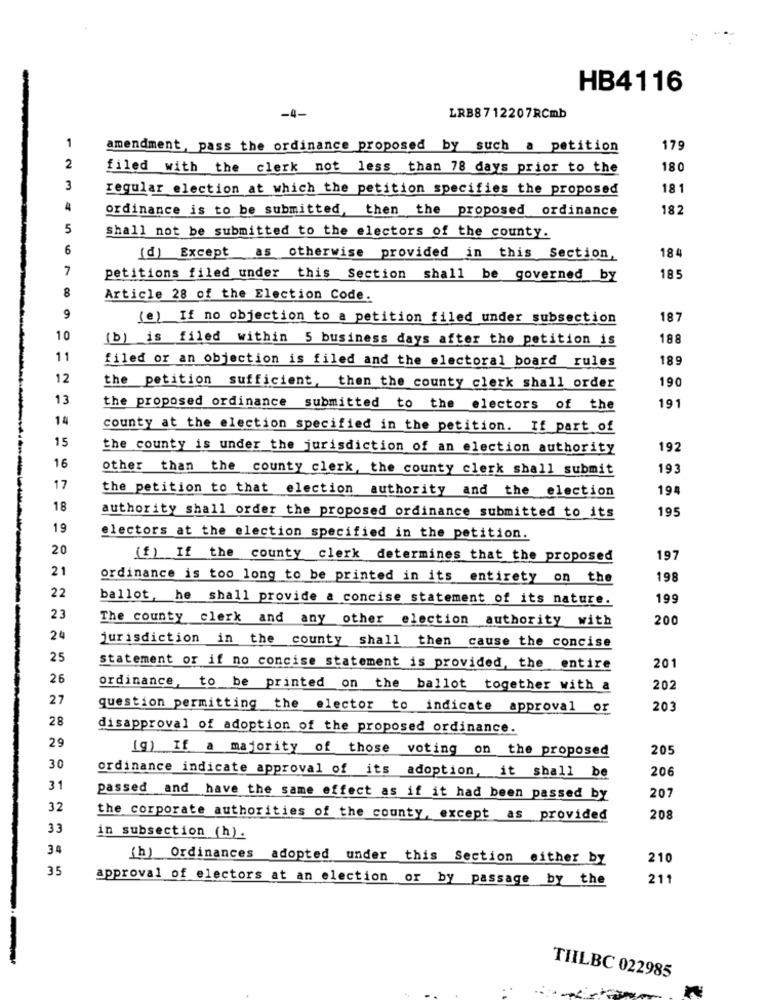
HB4116
-4-
LRB8712207RCmb
1
amendment, pass the ordinance proposed by such a petition
179
2
filed with the clerk not less than 78 days prior to the
180
3
regular election at which the petition specifies the proposed
18 1
4
ordinance is to be submitted, then the proposed ordinance
182
5
Shall not be submitted to the electors of the county.
6
(d) Except as otherwise provided in this Section,
18
7
petitions filed under this Section shall be governed by
185
8
Article 28 of the Election Code.
9
(e) If no objection to a petition filed under subsection
187
10
(b) is filed within 5 business days after the petition is
188
11
filed or an objection is filed and the electoral board rules
189
12
190
the petition sufficient, then the county clerk shall order
13
191
the proposed ordinance submitted to the electors of the
14
county at the election specified in the petition. If part of
15
the county is under the jurisdiction of an election authority
192
16
other than the county clerk, the county clerk shall submit
193
17
the petition to that election authority and the election
194
18
195
authority shall order the proposed ordinance submitted to its
19
electors at the election specified in the petition.
20
(f) If the county clerk determines that the proposed
197
21
ordinance is too long to be printed in its entirety on the
198
22
ballot, he shall provide a concise statement of its nature.
199
23
The county clerk and any other election authority with
200
24
jurisdiction in the county shall then cause the concise
25
statement or if no concise statement is provided, the entire
201
26
ordinance, to be printed on the ballot together with a
202
27
question permitting the elector to indicate approval or
203
28
disapproval of adoption of the proposed ordinance.
29
(g) If a majority of those voting on the proposed
205
30
ordinance indicate approval of its adoption, it shall be
206
31
passed and have the same effect as if it had been passed by
207
32
the corporate authorities of the county, except as provided
208
33
in subsection (h).
34
[h) Ordinances adopted under this Section either by
210
35
approval of electors at an election or by passage by the
211
THILBC 022985